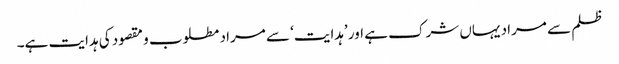
ظلم سے مراد یہاں شرک ہے اور ’ہدایت‘ سے مراد مطلوب و مقصود کی ہدایت ہے۔